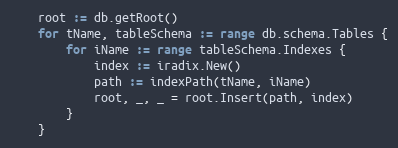
Language: Go
	root := db.getRoot()
	for tName, tableSchema := range db.schema.Tables {
		for iName := range tableSchema.Indexes {
			index := iradix.New()
			path := indexPath(tName, iName)
			root, _, _ = root.Insert(path, index)
		}
	}